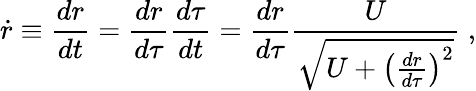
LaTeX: \dot{r}\equiv{\frac{dr}{dt}}={\frac{dr}{d\tau}}{\frac{d\tau}{dt}}={\frac{dr}{d\tau}}{\frac{U}{\sqrt{U+\left({\frac{dr}{d\tau}}\right)^{2}}}}\; ,